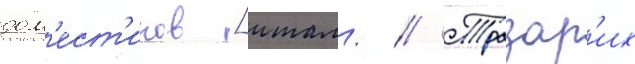
дом'ест'иков [итал. // Тразар'их